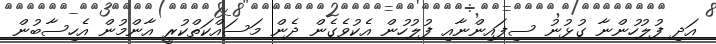
އަދި ފުލުހުންނާ ގުޅުނު ސިފައިންނާއި ފުލުހުން އެކުވެގެން ދެން މަސައްކަތްކުރީ އާންމުން އެހިސާބުން